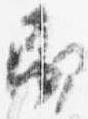
即